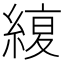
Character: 𦂊